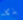
بذكاء